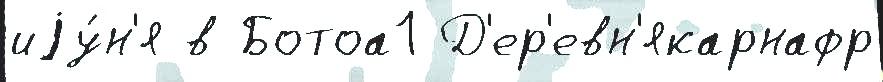
иjу́н'я в Ботоа1 Д'ер'евн'якарнафр